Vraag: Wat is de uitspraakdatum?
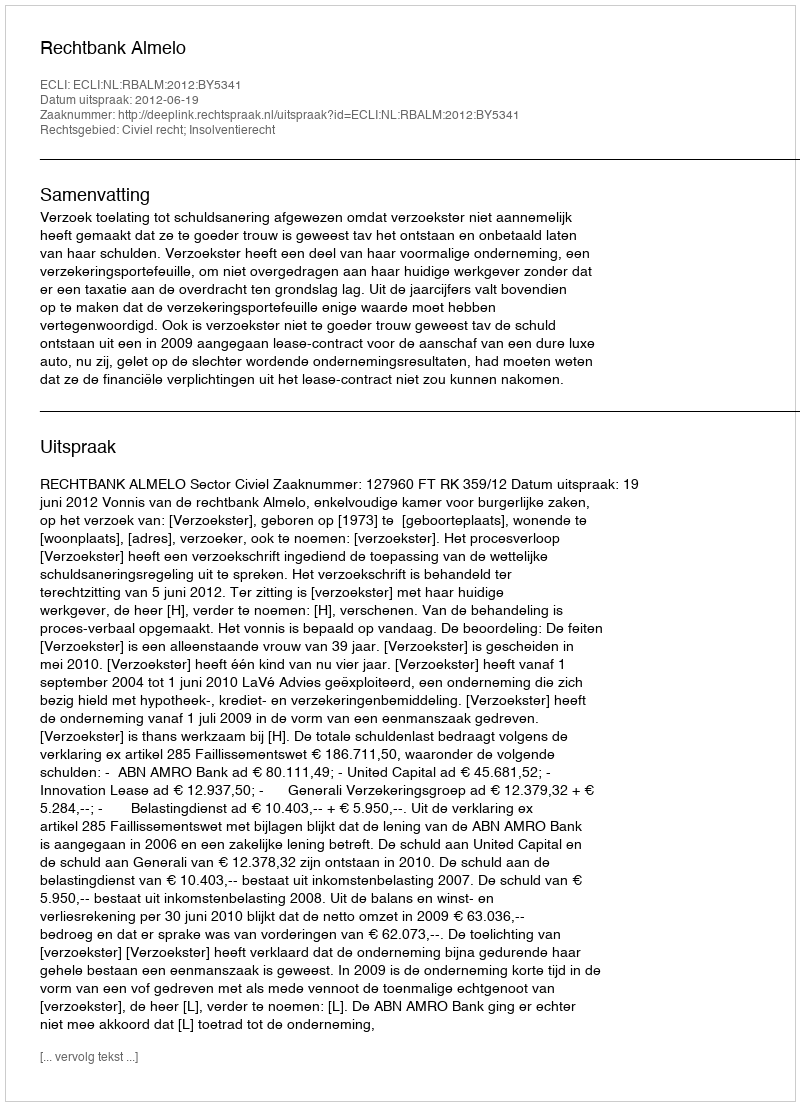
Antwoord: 2012-06-19